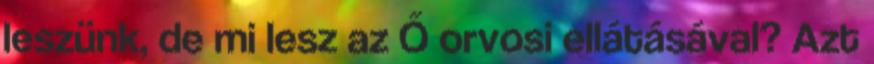
leszünk, de mi lesz az Ő orvosi ellátásával? Azt